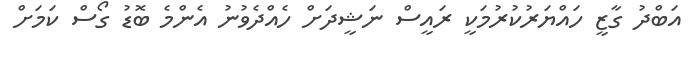
އަބްދު ގާޒީ ހައްޔަރުކުރުމަކީ ރައީސް ނަޝީދަށް ހެއްދެވުނު އެންމެ ބޮޑު ގޯސް ކަމަށް